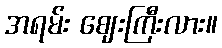
အရမ်း ဈေးကြီးလား။